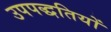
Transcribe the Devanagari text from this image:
उपपद्धतियों